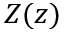
Z ( z )